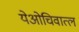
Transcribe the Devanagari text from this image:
येओचिवात्ल